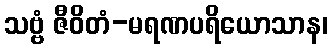
သဗ္ဗံ ဇီဝိတံ-မရဏပရိယောသာန၊